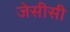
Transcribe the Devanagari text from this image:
जेसीसी